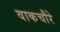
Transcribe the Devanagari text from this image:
वाकचौरे